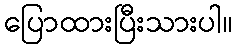
ပြောထားပြီးသားပါ။